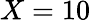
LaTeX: X=10